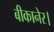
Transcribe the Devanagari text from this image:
बीकानेर।